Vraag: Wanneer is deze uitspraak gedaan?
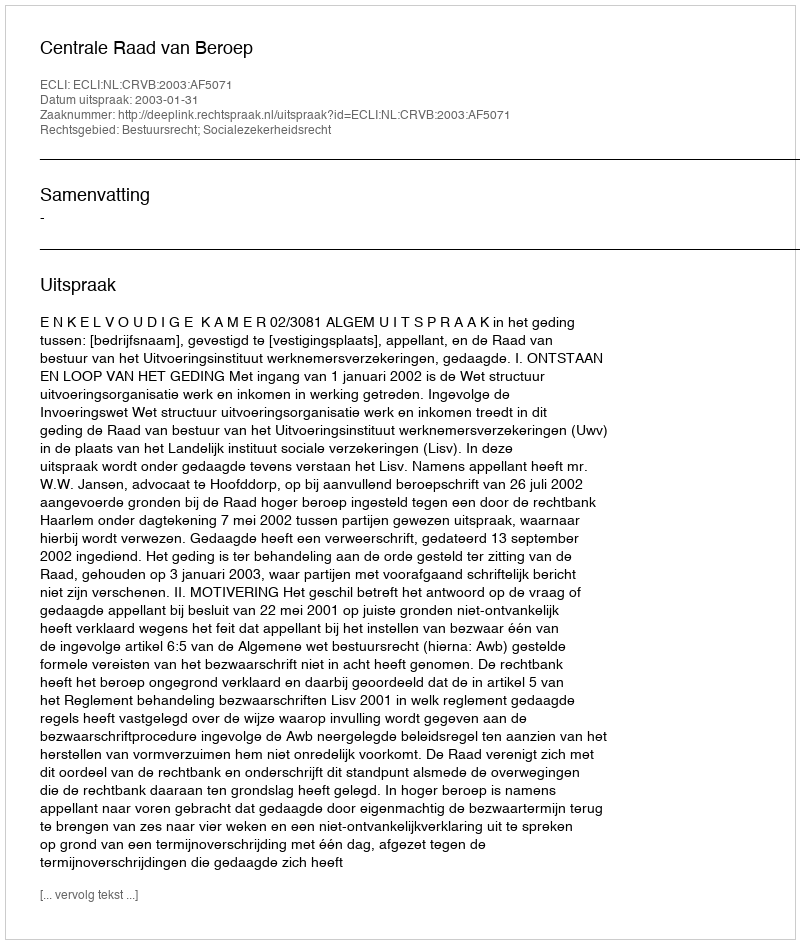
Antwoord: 2003-01-31